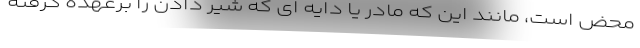
محض است، مانند این که مادر یا دایه ای که شیر دادن را برعهده گرفته